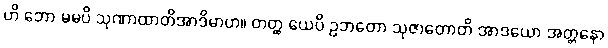
ဟိ ဘော မမပိ သုဏာထာတိအာဒိမာဟ။ တတ္ထ ယေပိ ဥဘတော သုဇာတောတိ အာဒယော အတ္တနော